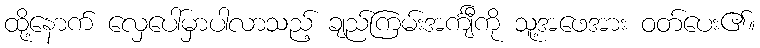
ထို့နောက် လှေပေါ်မှာပါလာသည့် ချည်ကြမ်းအင်္ကျီကို သူ့အဖေအား ဝတ်ပေး၏။